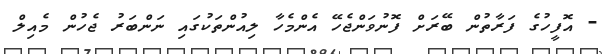
- އޮފީހުގެ ފަރާތުން ބޭރަށް ފޮނުވަންޖެހޭ އެންމެހާ ލިއުންތަކުގައި ނަންބަރު ޖެހުން މެއިލް